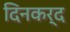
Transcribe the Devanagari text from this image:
दिनकर्द